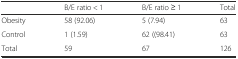
<table><thead><tr><td></td><td><b>B/E ratio &lt; 1</b></td><td><b>B/E ratio ≥ 1</b></td><td><b>Total</b></td></tr></thead><tbody><tr><td>Obesity</td><td>58 (92.06)</td><td>5 (7.94)</td><td>63</td></tr><tr><td>Control</td><td>1 (1.59)</td><td>62 ((98.41)</td><td>63</td></tr><tr><td>Total</td><td>59</td><td>67</td><td>126</td></tr></tbody></table>